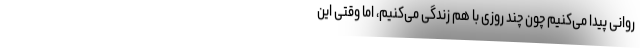
روانی پیدا می‌کنیم چون چند روزی با هم زندگی می‌کنیم، اما وقتی این